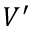
V ^ { \prime }